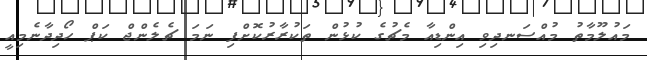
މައުލޫމާތު މުއްސަނދިވި އިންޑިއާ މެޗުގެ ކުޅުން ތަކުރާރުކޮށްފި ނަމަ ޗެލެންޖް ކަޕް ހޯދިދާނެމިއީ